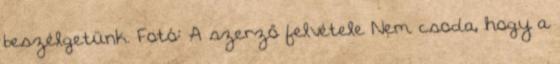
beszélgetünk. Fotó: A szerző felvétele Nem csoda, hogy a